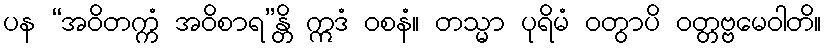
ပန “အဝိတက္ကံ အဝိစာရ”န္တိ ဣဒံ ဝစနံ။ တသ္မာ ပုရိမံ ဝတွာပိ ဝတ္တဗ္ဗမေဝါတိ။